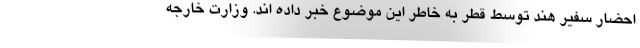
احضار سفیر هند توسط قطر به خاطر این موضوع خبر داده اند. وزارت خارجه